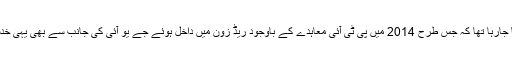
اور یہی خدشہ ظاہر کیا جارہا تھا کہ جس طرح 2014 میں پی ٹی آئی معاہدے کے باوجود ریڈ زون میں داخل ہوئے جے یو آئی کی جانب سے بھی یہی خدشہ ظاہر کیا جارہا ہے۔